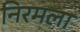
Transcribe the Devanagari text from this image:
निरमला